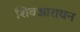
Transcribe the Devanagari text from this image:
शिवआराधन